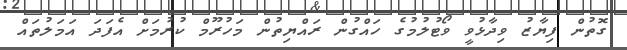
ގޮތުން ފިޔާޒު ވިދާޅުވީ ވޯޓުލުމުގެ ހައްގުން ރައްޔިތުން މަހުރޫމް ކުރުމަށް އެފަދަ އަމަލުތައް